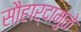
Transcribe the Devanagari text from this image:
सौहार्दामुळे